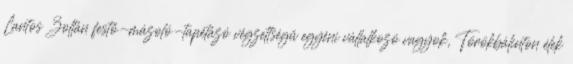
Lantos Zoltán festő-mázoló-tapétázó végzettségű egyéni vállalkozó vagyok, Törökbálinton élek